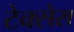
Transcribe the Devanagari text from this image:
टेक्सेरा